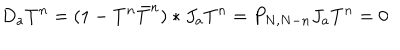
LaTeX: D _ { a } T ^ { n } = ( 1 - T ^ { n } \bar { T } ^ { n } ) * J _ { a } T ^ { n } = P _ { N , N - n } J _ { a } T ^ { n } = 0